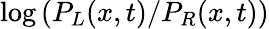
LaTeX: \log\left(P_{L}(x,t)/P_{R}(x,t)\right)